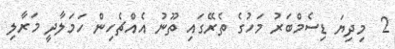
2  މިދިޔަ ޑިސެމްބަރު މަހުގެ ތެރޭގައި ތޫނު އެއްޗެހިން ހަމަލާދީ މަރާލި